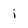
Character: i